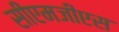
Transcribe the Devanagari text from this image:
सीएमजीएस